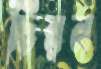
চিরন